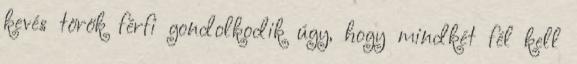
kevés török férfi gondolkodik úgy, hogy mindkét fél kell